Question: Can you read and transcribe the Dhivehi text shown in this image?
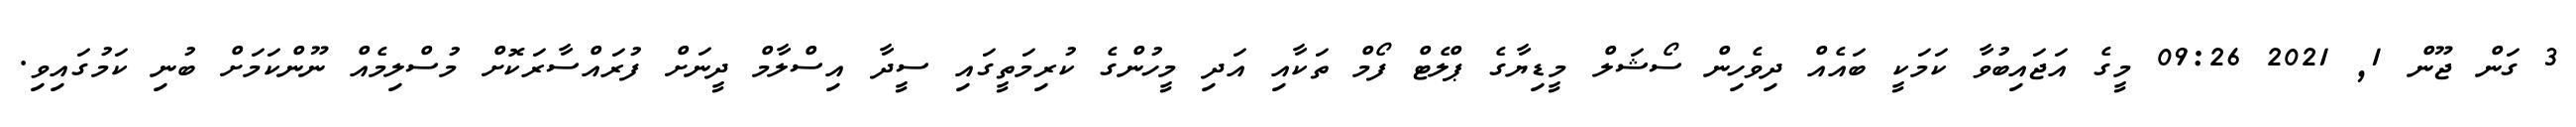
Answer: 3 ގަން ޖޫން 1, 2021 09:26 މީގެ އަޖައިބުވާ ކަމަކީ ބައެއް ދިވެހިން ސޯޝަލް މީޑިޔާގެ ޕްލެޓް ފޯމް ތަކާއި އަދި މީހުންގެ ކުރިމަތީގައި ސީދާ އިސްލާމް ދީނަށް ފުރައްސާރަކޮށް މުސްލިމެއް ނޫންކަމަށް ބުނި ކަމުގައިވި.